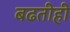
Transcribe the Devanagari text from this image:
बढतीही